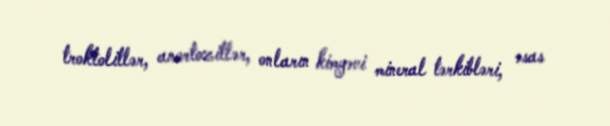
troktolitlər, anortozitlər, onların kimyəvi mineral tərkibləri, əsas